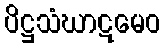
ပိဋ္ဌသံဃာဋမေဝ